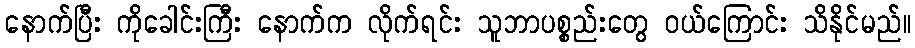
နောက်ပြီး ကိုခေါင်းကြီး နောက်က လိုက်ရင်း သူဘာပစ္စည်းတွေ ဝယ်ကြောင်း သိနိုင်မည်။